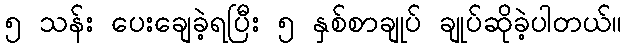
၅ သန်း ပေးချေခဲ့ရပြီး ၅ နှစ်စာချုပ် ချုပ်ဆိုခဲ့ပါတယ်။